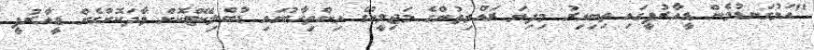
"އަޅުގަނޑުމެން ޑީއާރުޕީގައި ތިބިއިރު މިދިޔަ ރައްޔިތުންގެ މަޖިލީހުގެ އިންތިހާބުގައި ޑުބްލިކޭޓްކޮށް ވާދަކޮށްގެން ޑީއާރުޕީ